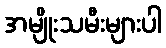
အမျိုးသမီးများပါ